Lunatic asylums Burma 1907-21 - 1907-1921
Year: 1907
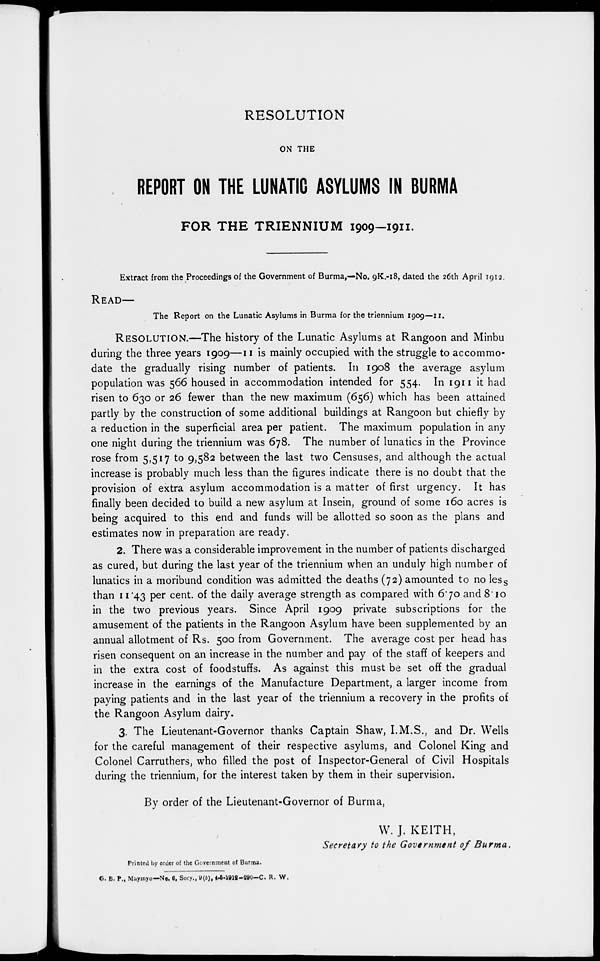
RESOLUTION
ON THE
REPORT ON THE LUNATIC ASYLUMS IN BURMA
FOR THE TRIENNIUM 1909-1911.
Extract from the Proceedings of the Government of Burma,—No. 9K.-18, dated the 26th April 1912.
READ—
The Report on the Lunatic Asylums in Burma for the triennium 1909—11.
RESOLUTION.—The history of the Lunatic Asylums at Rangoon and Minbu
during the three years 1909—11 is mainly occupied with the struggle to accommo-
date the gradually rising number of patients. In 1908 the average asylum
population was 566 housed in accommodation intended for 554. In 1911 it had
risen to 630 or 26 fewer than the new maximum (656) which has been attained
partly by the construction of some additional buildings at Rangoon but chiefly by
a reduction in the superficial area per patient. The maximum population in any
one night during the triennium was 678. The number of lunatics in the Province
rose from 5,517 to 9,582 between the last two Censuses, and although the actual
increase is probably much less than the figures indicate there is no doubt that the
provision of extra asylum accommodation is a matter of first urgency. It has
finally been decided to build a new asylum at Insein, ground of some 160 acres is
being acquired to this end and funds will be allotted so soon as the plans and
estimates now in preparation are ready.
2. There was a considerable improvement in the number of patients discharged
as cured, but during the last year of the triennium when an unduly high number of
lunatics in a moribund condition was admitted the deaths (72) amounted to no less
than 11.43 per cent. of the daily average strength as compared with 6.70 and 8.10
in the two previous years. Since April 1909 private subscriptions for the
amusement of the patients in the Rangoon Asylum have been supplemented by an
annual allotment of Rs. 500 from Government. The average cost per head has
risen consequent on an increase in the number and pay of the staff of keepers and
in the extra cost of foodstuffs. As against this must be set off the gradual
increase in the earnings of the Manufacture Department, a larger income from
paying patients and in the last year of the triennium a recovery in the profits of
the Rangoon Asylum dairy.
3. The Lieutenant-Governor thanks Captain Shaw, I.M.S., and Dr. Wells
for the careful management of their respective asylums, and Colonel King and
Colonel Carruthers, who filled the post of Inspector-General of Civil Hospitals
during the triennium, for the interest taken by them in their supervision.
By order of the Lieutenant-Governor of Burma,
W. J. KEITH,
Secretary to the Government of Burma.
Printed by order of the Government of Burma.
G. B. P., Maymyo—No. 6, Secy., 9(b), 4-5-1912-290—C. R. W.